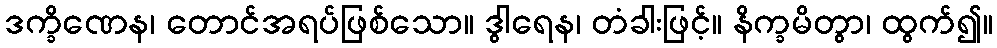
ဒက္ခိဏေန၊ တောင်အရပ်ဖြစ်သော။ ဒွါရေန၊ တံခါးဖြင့်။ နိက္ခမိတွာ၊ ထွက်၍။